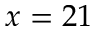
x = 2 1